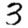
Digit: 3